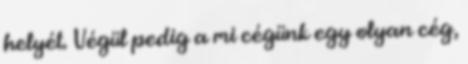
helyét. Végül pedig a mi cégünk egy olyan cég,